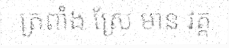
ត្រពាំង ស្រែ មាន វត្ត